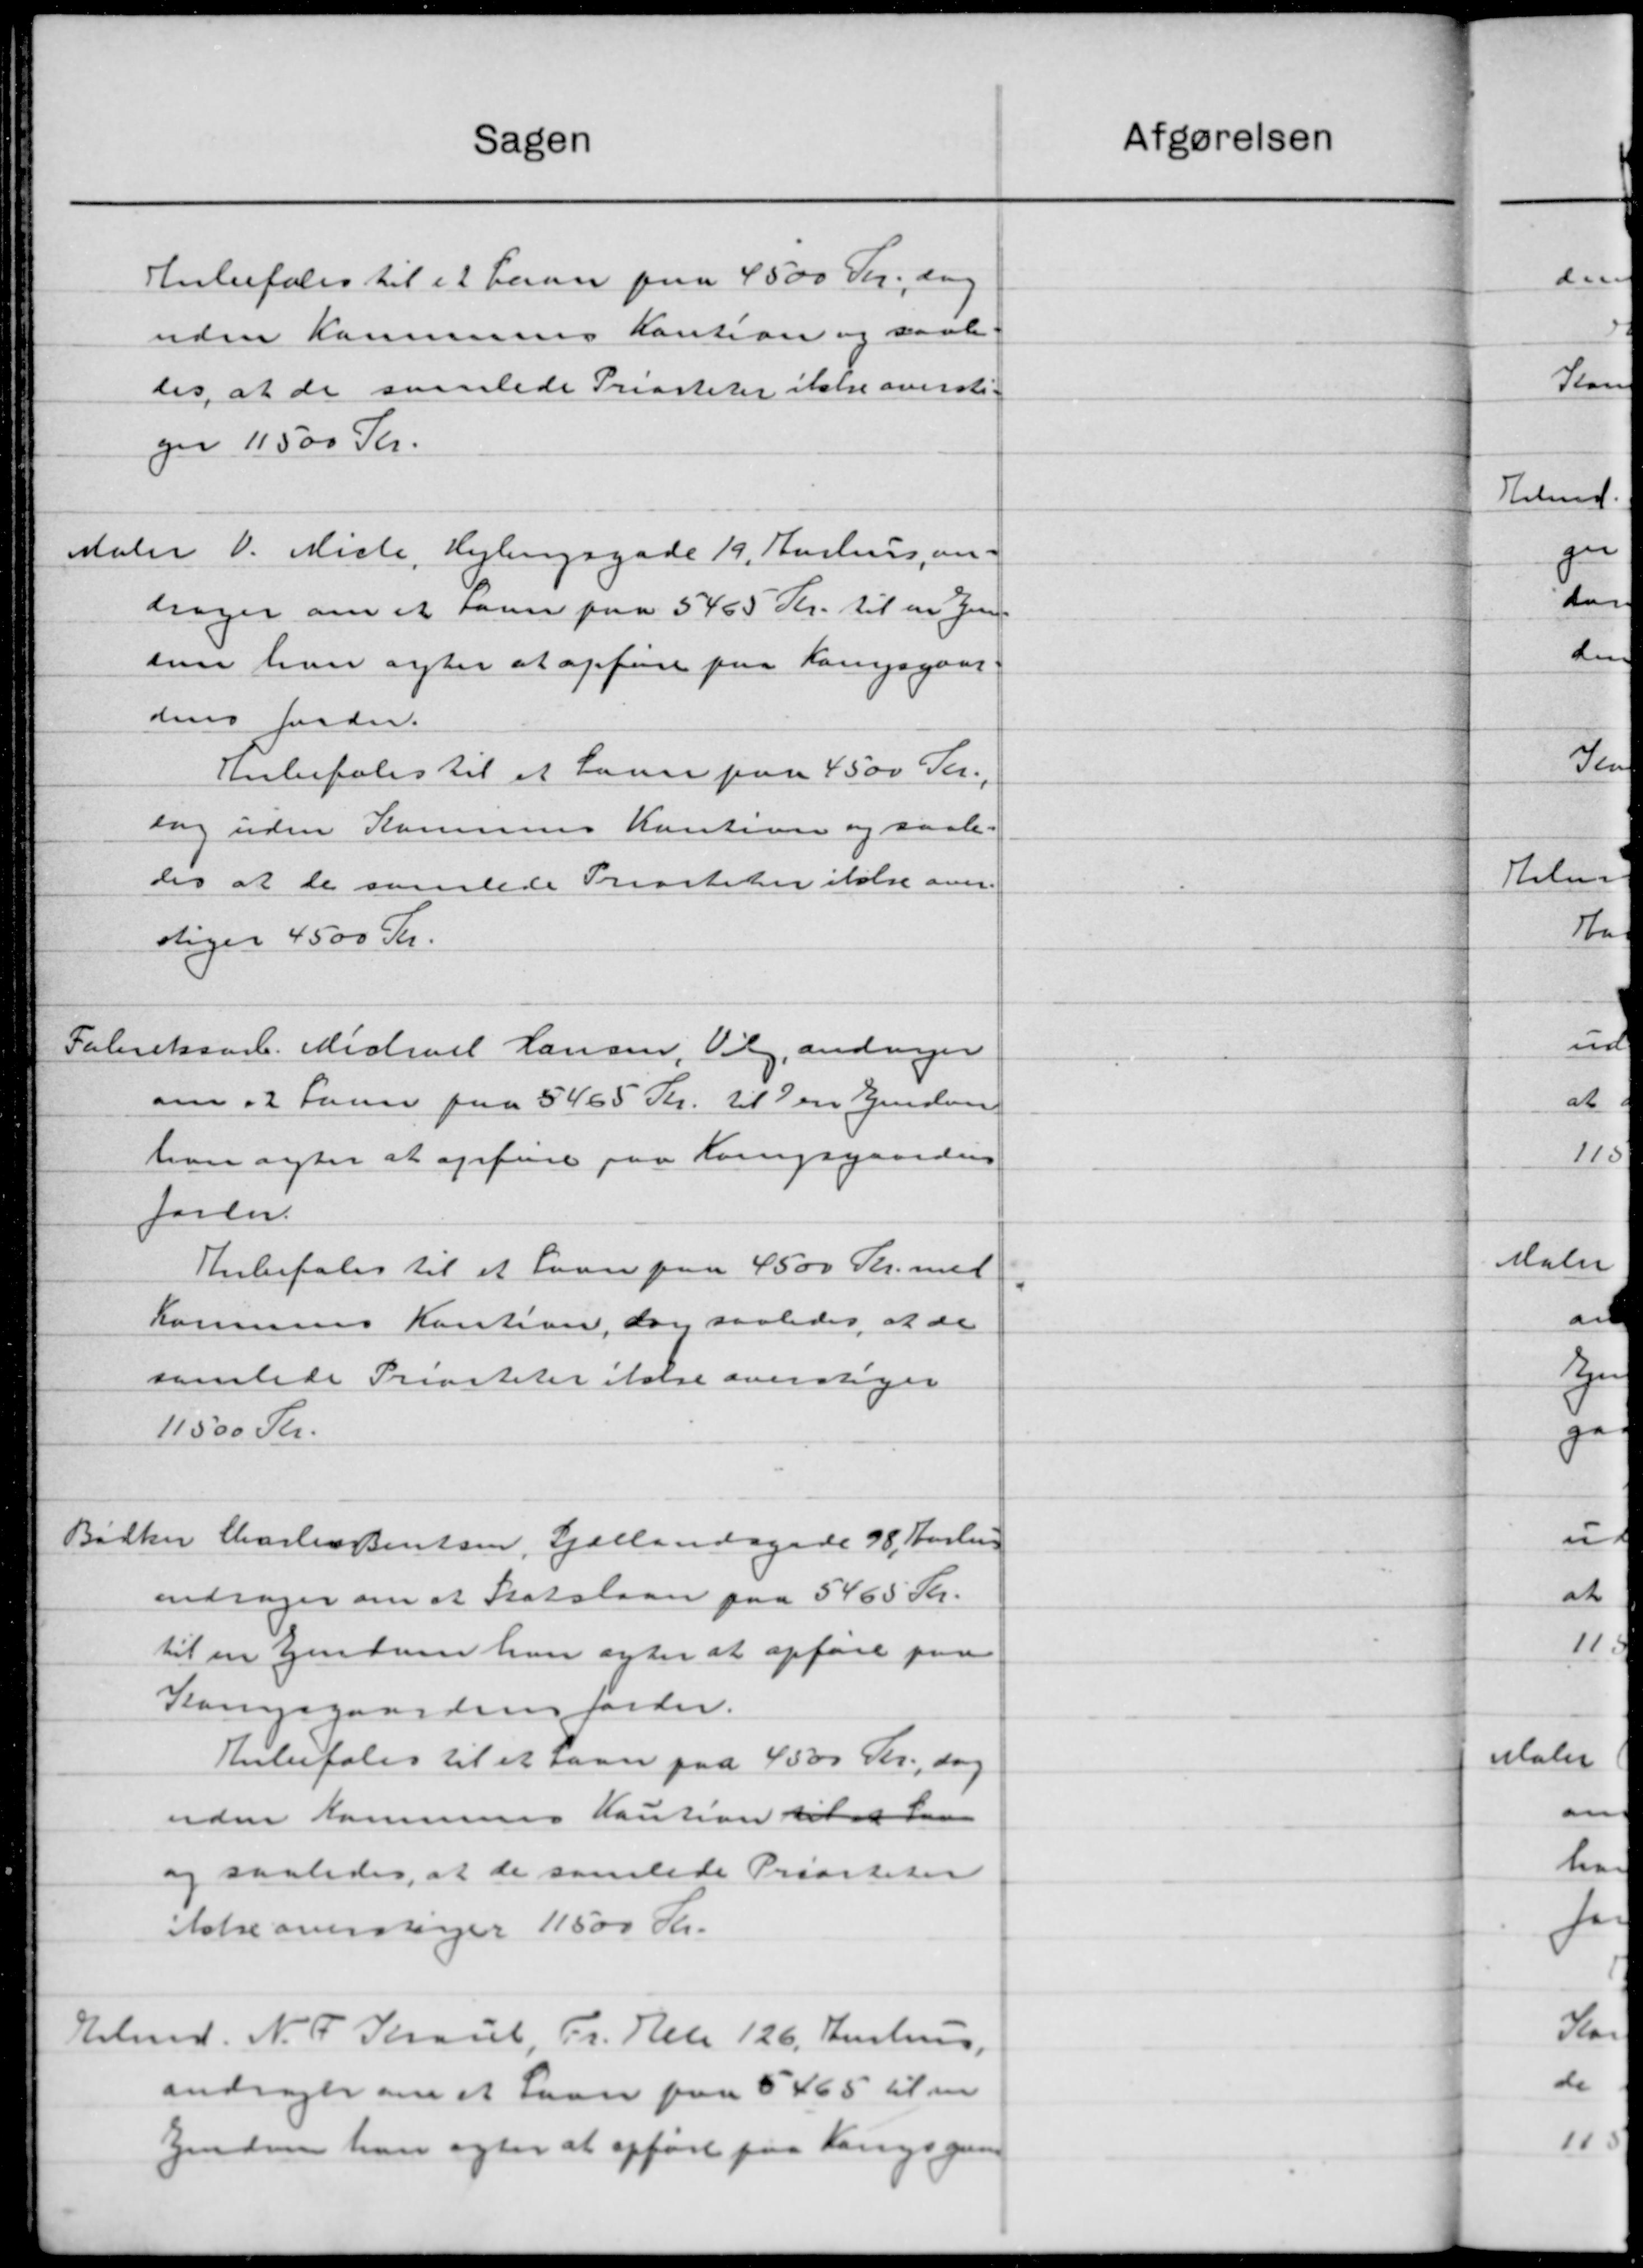
Transskription:
Sagen
Anbefales til et Laan paa 4500 Kr., dog
uden Kommunes Kaution og saale
les, at de saalede Priasteker ikke oversti
ger 11500 Kr.
daler V. Miche, Hejlingsgade 19, Aarhus an-
drager om et savn paa 5465 Kr. til en Jen
som han agter at opføre paa Langsgaar-
dens fordr.
Anbefales til et Laan paa 4500 Kr.
sag uden Kommunes Kaution og saale
des at de samlede Prisiteter ifølse over
stiger 4500 Kr.
Fabrikaar. Michael Hansen, Vig, andrager
om 12 Favne paa 5465 Kr. til en Ejendom
han agter at opføre paa Langsgaarden
foren.
Anbefales til et Laan paa 4500 Kr. med
Komunes Kaution, dog saaledes at de
samlede Prisiteter Nielse overstiger
11500 Kr.
Bidker Carles Bentsen, Sjællandagede 98, Aarhus
andrager om at Statslaan paa 5465 Kr.
til en Ejendom han agter at opføre paa
Kangsgaardens forder.
Anbefales til et Laan paa 4500 Kr., dog
uden Kommunens Kaution til han
og saaledes, at de samlede Prisiteter
ikke overstinger 11500 Kr.
Elmd. N. P. Kraul, Fr. Peter 126, Hustrup,
andrager om et Laan paa 5465 til en
Eendom han agter at opført paa Langsgre